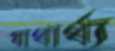
যাথার্থ্য